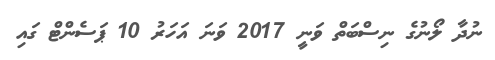
ނުދާ ލޯނުގެ ނިސްބަތް ވަނީ 2017 ވަނަ އަހަރު 10 ޕަސެންޓް ގައި